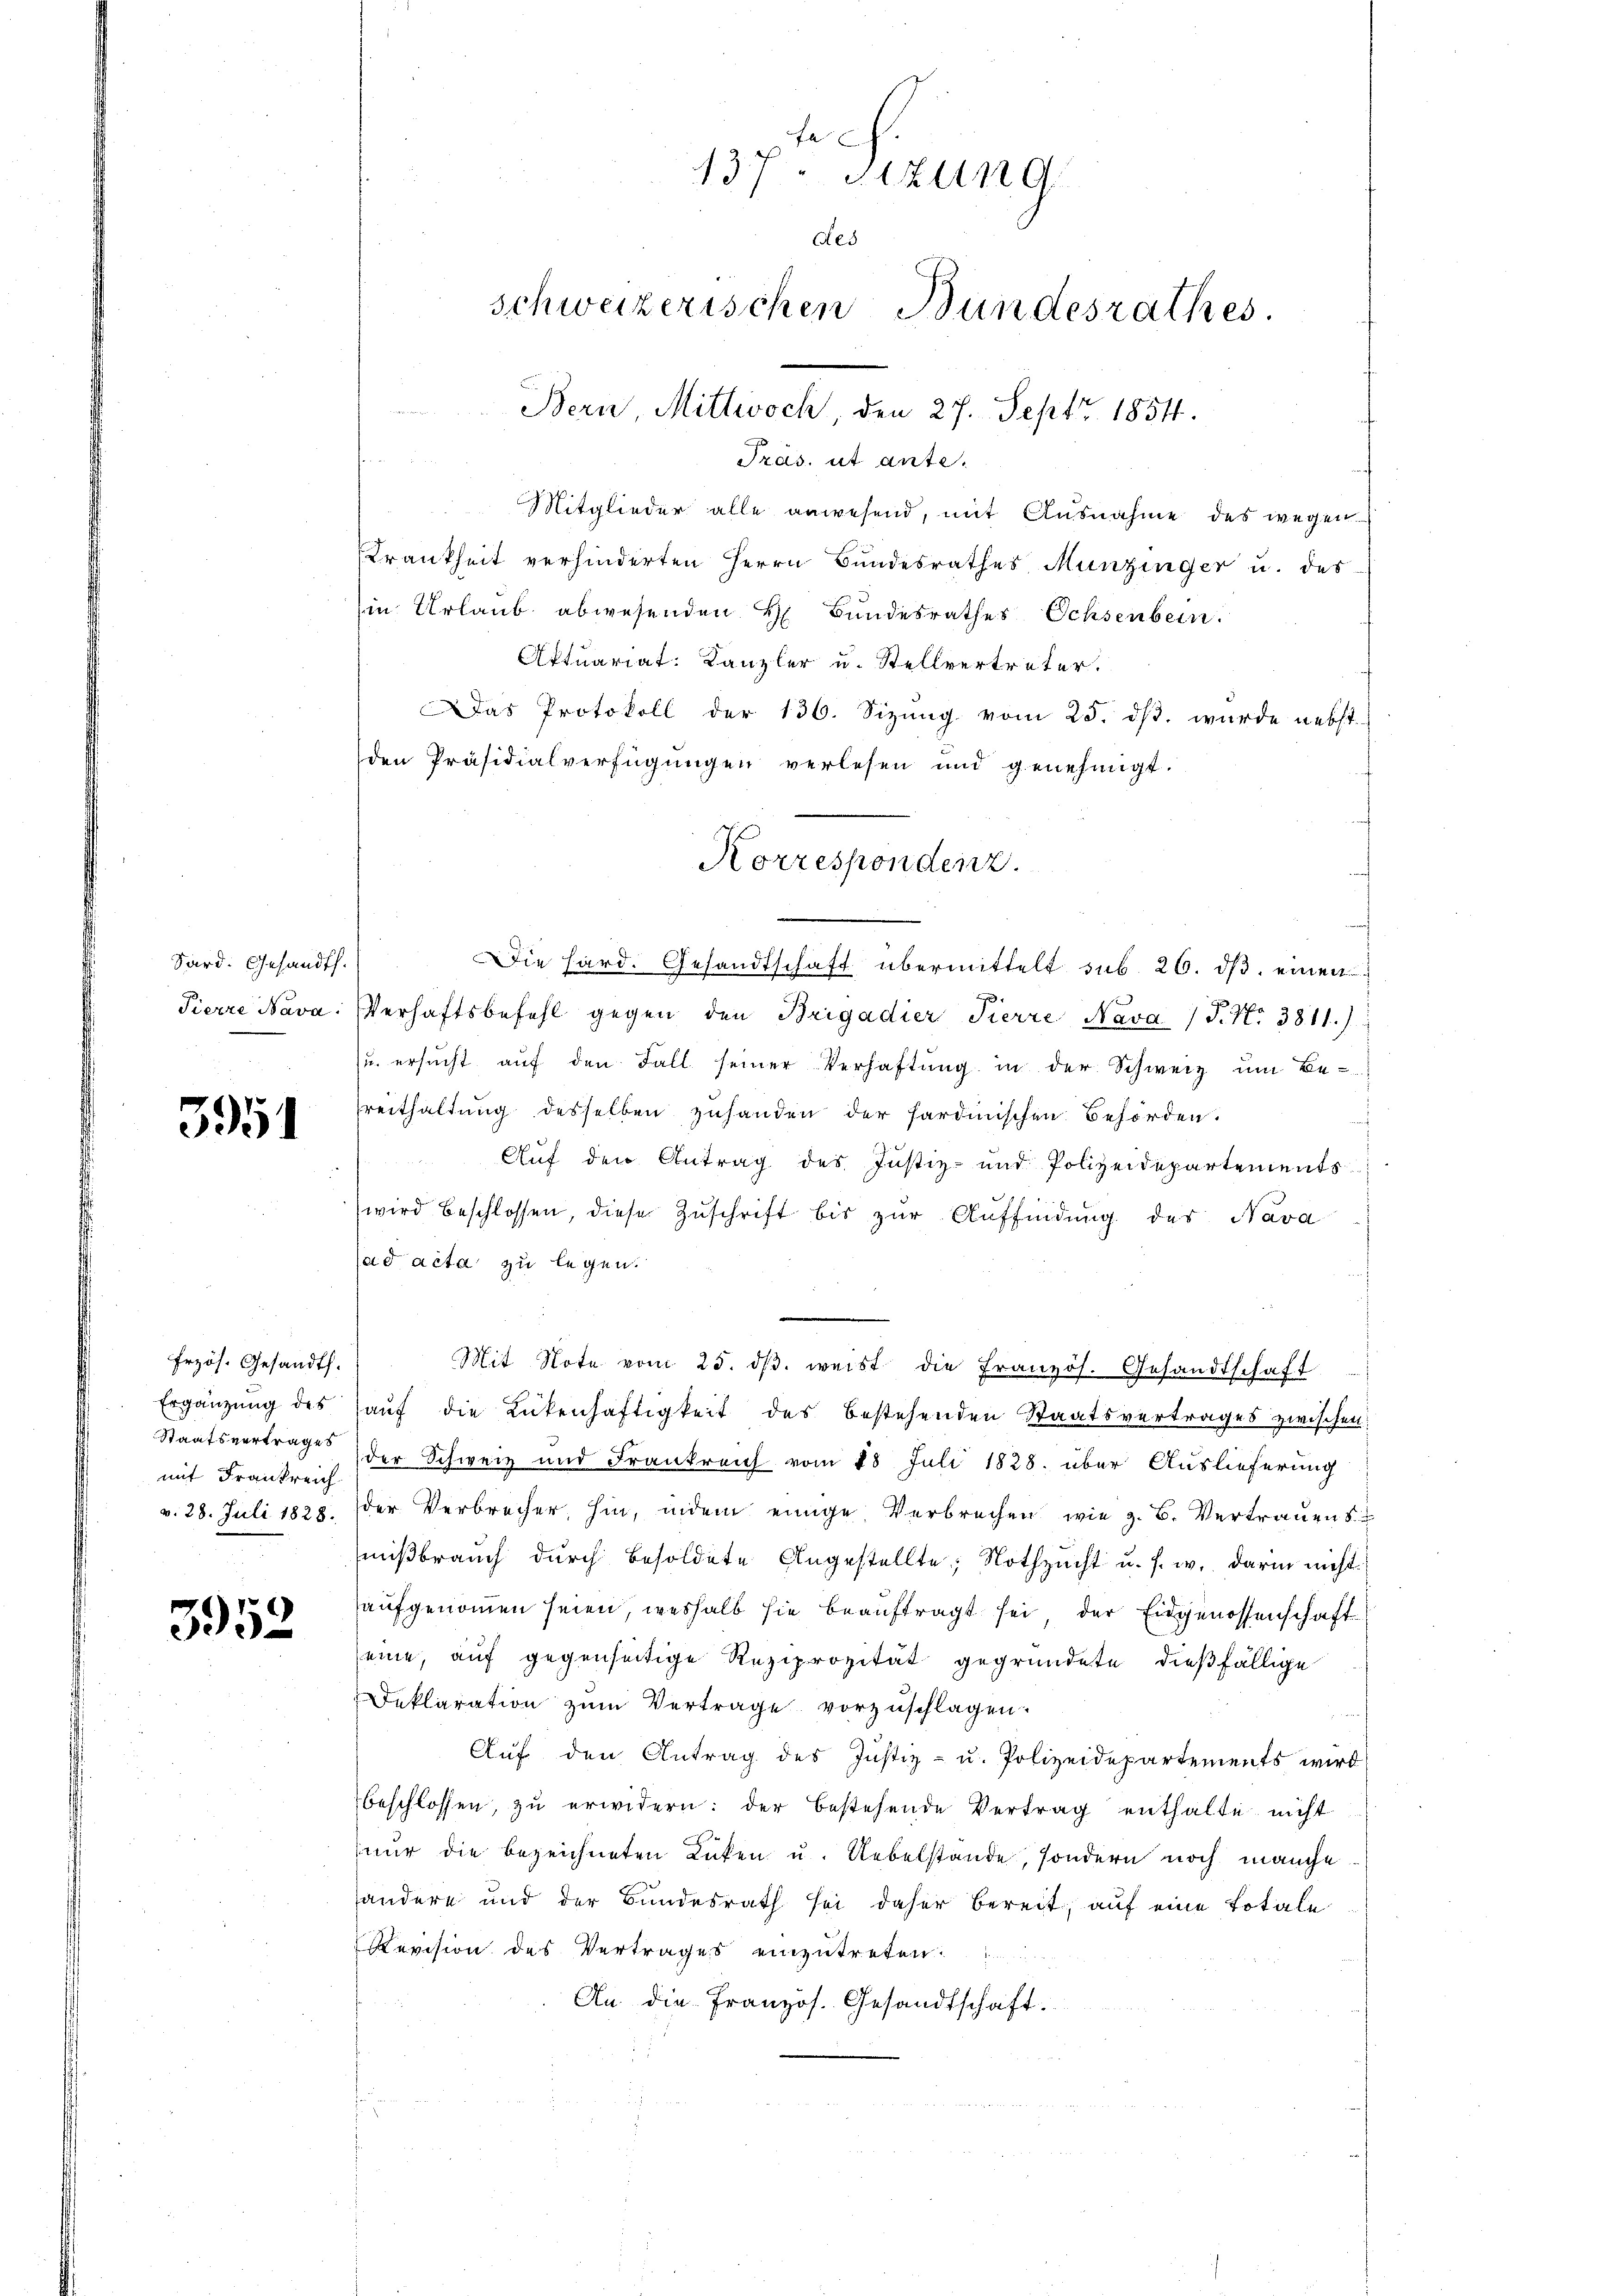
Sard. Gesandth.
Pierre Nava:

3951

Frzös. Gesandts.
Ergänzung des
Staatsvertrages
mit Frankreich
v. 28. Juli 1828.

3952

E
137. Btzung.
Aes
schweizerischen Bundesrathes
Bern Mittwoch, den 27. Sept. 1854.

w
Tras, ut ante.
t
Mitglieder alle anwesend, mit Ausnahme des wegen¬
Krankheit verhinderten Herrn Bundesrathes Munzinger u. des
in Urlaub abwesenden H. Bundesrathes Ochsenbein.
Aktuariat. Kanzler u. Stellvertreter.
Das Protokoll der 136. Sizung vom 25. ds. wurde nebst
den Präsidialverfügungen verlesen und genehmigt.
Die hard. Gesandtschaft übermittelt sub. 26. dβ einen
Verhaftsbefehl gegen den Brigadier Pierre Nava / P. Nr. 3811.)
u. ersucht auf den Fall seiner Verhaftung in der Schweiz um Be-
reithaltung desselben zuhanden der sardinischen Behörden.
Auf den Antrag des Justiz- und Polizeidepartements
wird beschlossen, diese Zuschrift bis zur Auffindung des Nava
ad acta zu legen.
Mit Note vom 25. dβ. weist die Französ. Gesandtschaft
auf die Lückenhaftigkeit des bestehenden Staatsvertrages zwischen
der Schweiz und Frankreich vom 28 Juli 1828. über Auslieferung
der Verbrecher, hin, indem einige Verbrechen wie z. B. Vertrauens
mißbrauch durch Besoldete Angestellte; Nothzucht u. s. w. darin nicht
aufgenommen seien, weshalb sie beauftragt sei der Eidgenossenschaft
seine, auf gegenseitige Reziprozität gegründete dießfällige
Deklaration zŭm Vertrage vorzŭschlagen.
Auf den Antrag des Justiz- u. Polizeidepartements wird
beschlossen, zu erwidern: der bestehende Vertrag enthalte nicht
nur die bezeichneten Lücken u. Uebelstande, sondern noch manche
andere und der Bundesrath sei daher bereit, auf eine Totale
Revision des Vertrages einzutreten.
An die Französ. Gesandtschaft.

Korrespondenz.